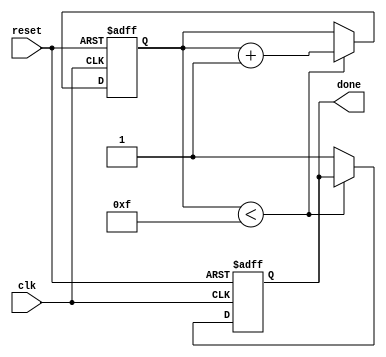
module for_loop(
  input  wire clk,
  input  wire reset,
  output reg done
);

reg [7:0] counter;

always @(posedge clk or posedge reset) begin
  if (reset) begin
    counter <= 8'h0;
    done <= 1'b0;
  end else begin
    if (counter < 8'hF) begin
      counter <= counter + 1;
    end else begin
      done <= 1'b1;
    end
  end
end

endmodule